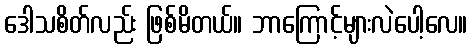
ဒေါသစိတ်လည်း ဖြစ်မိတယ်။ ဘာကြောင့်များလဲပေါ့လေ။